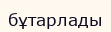
бұтарлады